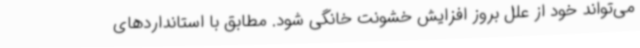
می‌تواند خود از علل بروز افزایش خشونت خانگی شود. مطابق با استانداردهای